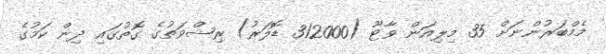
މެމްބަރުންނަށް 35 މިލިއަން ވާޓޫ (312000 ޑޮލަރު) ރިޝްވަތުގެ ގޮތުގައި ދިން ކަމުގެ